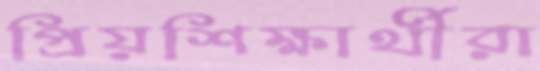
প্রিয়শিক্ষার্থীরা